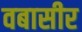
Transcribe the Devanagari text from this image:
वबासीर